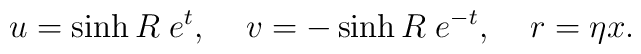
u=\sinh R\; e^t,\;\;\;\;v=-\sinh R\; e^{-t},\;\;\;\;r=\eta x.